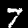
Digit: 7